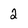
Character: 2